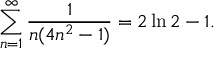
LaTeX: \sum _ { n = 1 } ^ { \infty } { \frac { 1 } { n ( 4 n ^ { 2 } - 1 ) } } = 2 \ln 2 - 1 .